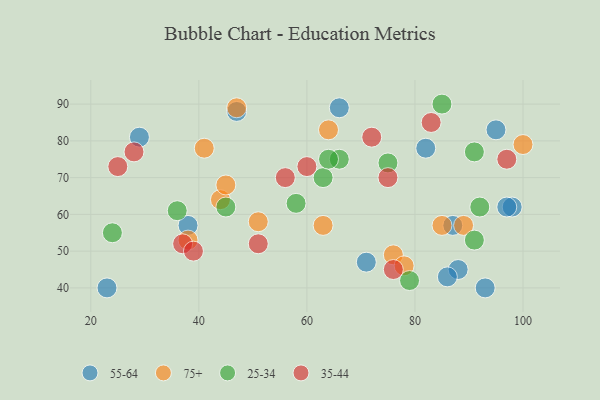
{"axis": {"x": "GDP", "y": "Life Expectancy"}, "legend": ["25-34", "35-44", "55-64", "75+"], "data": [{"x": "93", "y": 40, "type": "55-64"}, {"x": "98", "y": 62, "type": "55-64"}, {"x": "23", "y": 40, "type": "55-64"}, {"x": "95", "y": 83, "type": "55-64"}, {"x": "97", "y": 62, "type": "55-64"}, {"x": "38", "y": 57, "type": "55-64"}, {"x": "29", "y": 81, "type": "55-64"}, {"x": "71", "y": 47, "type": "55-64"}, {"x": "66", "y": 89, "type": "55-64"}, {"x": "87", "y": 57, "type": "55-64"}, {"x": "82", "y": 78, "type": "55-64"}, {"x": "88", "y": 45, "type": "55-64"}, {"x": "86", "y": 43, "type": "55-64"}, {"x": "47", "y": 88, "type": "55-64"}, {"x": "38", "y": 53, "type": "75+"}, {"x": "89", "y": 57, "type": "75+"}, {"x": "41", "y": 78, "type": "75+"}, {"x": "63", "y": 57, "type": "75+"}, {"x": "76", "y": 49, "type": "75+"}, {"x": "64", "y": 83, "type": "75+"}, {"x": "51", "y": 58, "type": "75+"}, {"x": "47", "y": 89, "type": "75+"}, {"x": "78", "y": 46, "type": "75+"}, {"x": "44", "y": 64, "type": "75+"}, {"x": "45", "y": 68, "type": "75+"}, {"x": "85", "y": 57, "type": "75+"}, {"x": "100", "y": 79, "type": "75+"}, {"x": "45", "y": 62, "type": "25-34"}, {"x": "66", "y": 75, "type": "25-34"}, {"x": "24", "y": 55, "type": "25-34"}, {"x": "79", "y": 42, "type": "25-34"}, {"x": "58", "y": 63, "type": "25-34"}, {"x": "63", "y": 70, "type": "25-34"}, {"x": "36", "y": 61, "type": "25-34"}, {"x": "91", "y": 53, "type": "25-34"}, {"x": "92", "y": 62, "type": "25-34"}, {"x": "75", "y": 74, "type": "25-34"}, {"x": "85", "y": 90, "type": "25-34"}, {"x": "64", "y": 75, "type": "25-34"}, {"x": "91", "y": 77, "type": "25-34"}, {"x": "60", "y": 73, "type": "35-44"}, {"x": "83", "y": 85, "type": "35-44"}, {"x": "25", "y": 73, "type": "35-44"}, {"x": "28", "y": 77, "type": "35-44"}, {"x": "56", "y": 70, "type": "35-44"}, {"x": "75", "y": 70, "type": "35-44"}, {"x": "51", "y": 52, "type": "35-44"}, {"x": "37", "y": 52, "type": "35-44"}, {"x": "72", "y": 81, "type": "35-44"}, {"x": "76", "y": 45, "type": "35-44"}, {"x": "39", "y": 50, "type": "35-44"}, {"x": "97", "y": 75, "type": "35-44"}]}